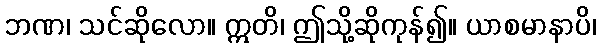
ဘဏ၊ သင်ဆိုလော။ ဣတိ၊ ဤသို့ဆိုကုန်၍။ ယာစမာနာပိ၊